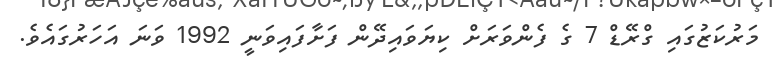
މަރުކަޒުގައި ގްރޭޑް 7 ގެ ފެންވަރަށް ކިޔަވައިދޭން ފަށާފައިވަނީ 1992 ވަނަ އަހަރުގައެވެ.